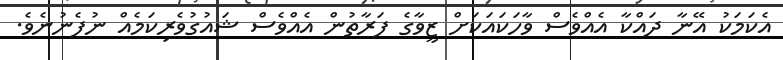
އެކަމަކު އޭނާ ދައްކާ އެއްވެސް ވާހަކައަކަށް ޒީވާގެ ފަރާތުން އެއްވެސް ޝައުގުވެރިކަމެއް ނުފެނުނެވެ.